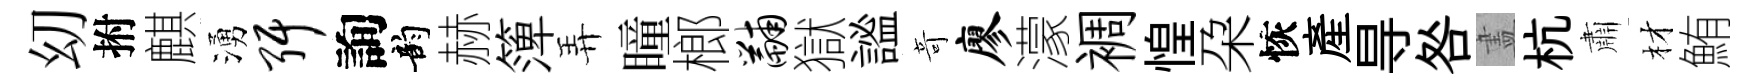
㓜拊麒湧弭詢韵赫𥱼弄瞳榔黼獄謐竒廖濛裯惶朶恢産㝵咎𥁞杭肅材鮪